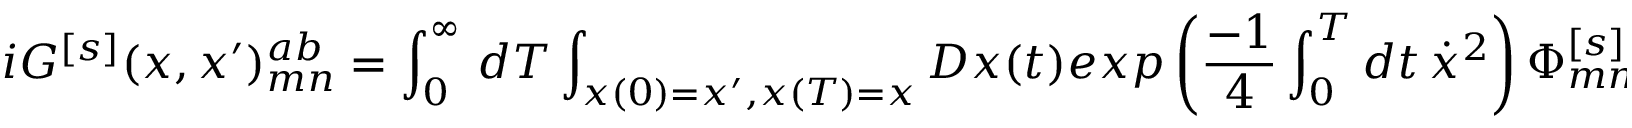
i G ^ { [ s ] } ( x , x ^ { \prime } ) _ { m n } ^ { a b } = \int _ { 0 } ^ { \infty } \, d T \int _ { x ( 0 ) = x ^ { \prime } , x ( T ) = x } D x ( t ) e x p \left( { \frac { - 1 } { 4 } } \int _ { 0 } ^ { T } d t \, \dot { x } ^ { 2 } \right) \Phi _ { m n } ^ { [ s ] } [ C ^ { x x ^ { \prime } } ] U [ C ^ { x x ^ { \prime } } ] ^ { a b } ,